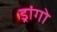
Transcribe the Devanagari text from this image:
ड्रांगो